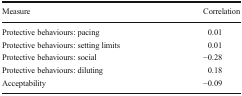
| Measure | Correlation |
 | --- | --- |
 | Protective behaviours: pacing | 0.01 |
 | Protective behaviours: setting limits | 0.01 |
 | Protective behaviours: social | −0.28 |
 | Protective behaviours: diluting | 0.18 |
 | Acceptability | −0.09 |